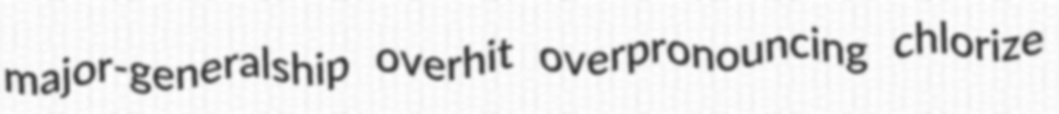
major-generalship overhit overpronouncing chlorize